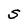
Character: s